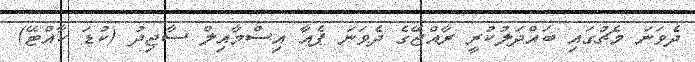
ދެވަނަ މެޗުގައި ބައްދަލުކުރީ ރާއްޖޭގެ ދެވަނަ ޕެއާ އިސްމާއިލް ސާޖިދު (ކުޑަ ކާއްޓޭ)